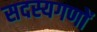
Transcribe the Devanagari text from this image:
सदस्यगणों